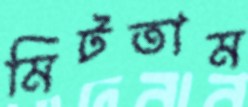
মিটতাম